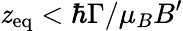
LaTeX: \mathit{z}_{\mathrm{{eq}}}<\hbar\Gamma/\mu_{B}B^{\prime}